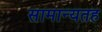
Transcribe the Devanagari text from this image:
सामान्यतह